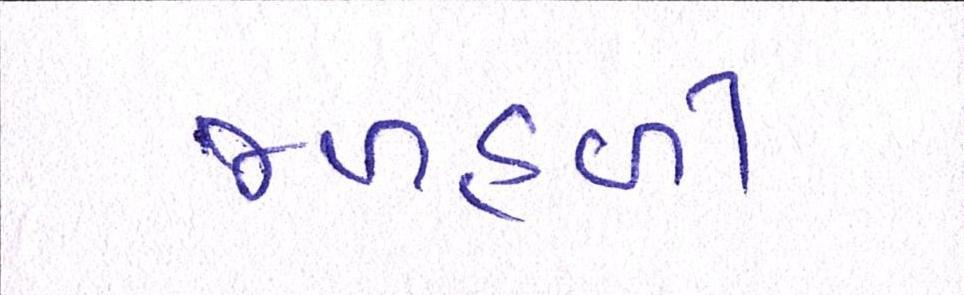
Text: જળહળી